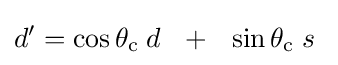
d'=\cos \theta _{\mathrm {c} }\;d~~+~~\sin \theta _{\mathrm {c} }\;s~